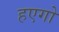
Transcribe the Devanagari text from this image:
हएगो